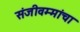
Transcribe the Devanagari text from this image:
संजीवम्मांचा